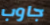
جاوب